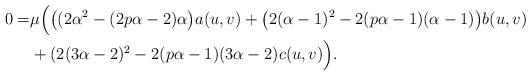
LaTeX: \begin{align*}0=&\mu\Big(\big((2\alpha^{2}-(2p\alpha-2)\alpha\big)a(u,v)+\big(2(\alpha-1)^{2}-2(p\alpha-1)(\alpha-1)\big)b(u,v)\\&+(2(3\alpha-2)^{2}-2(p\alpha-1)(3\alpha-2)c(u,v)\Big).\end{align*}